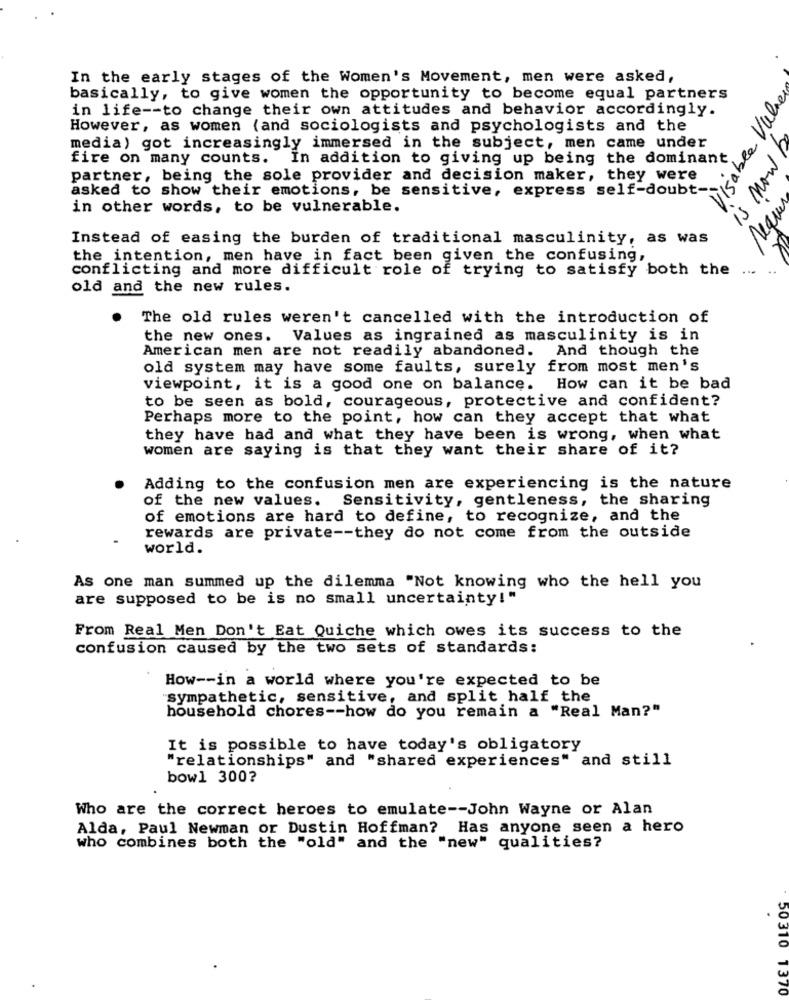
In the early stages of the Women's Movement, men were asked,
basically, to give women the opportunity to become equal partners
Visable Value
in life -- to change their own attitudes and behavior accordingly.
However, as women (and sociologists and psychologists and the
is now b
media) got increasingly immersed in the subject, men came under
fire on many counts. In addition to giving up being the dominant
partner, being the sole provider and decision maker, they were
asked to show their emotions, be sensitive, express self-doubt-
requer
in other words, to be vulnerable.
Instead of easing the burden of traditional masculinity, as was
the intention, men have in fact been given the confusing,
conflicting and more difficult role of trying to satisfy both the
old and the new rules.
The old rules weren't cancelled with the introduction of
the new ones. Values as ingrained as masculinity is in
American men are not readily abandoned. And though the
old system may have some faults, surely from most men's
viewpoint, it is a good one on balance. How can it be bad
to be seen as bold, courageous, protective and confident?
Perhaps more to the point, how can they accept that what
they have had and what they have been is wrong, when what
women are saying is that they want their share of it?
Adding to the confusion men are experiencing is the nature
of the new values. Sensitivity, gentleness, the sharing
of emotions are hard to define, to recognize, and the
rewards are private -- they do not come from the outside
world.
As one man summed up the dilemma "Not knowing who the hell you
are supposed to be is no small uncertainty!"
From Real Men Don't Eat Quiche which owes its success to the
confusion caused by the two sets of standards:
How -- in a world where you're expected to be
sympathetic, sensitive, and split half the
household chores -- how do you remain a "Real Man?"
It is possible to have today's obligatory
"relationships" and "shared experiences" and still
bowl 300?
Who are the correct heroes to emulate -- John Wayne or Alan
Alda, Paul Newman or Dustin Hoffman? Has anyone seen a hero
who combines both the "old" and the "new" qualities?
.
50310 1370